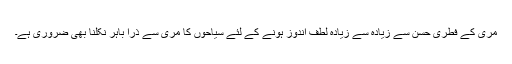
مری کے فطری حسن سے زیادہ سے زیادہ لطف اندوز ہونے کے لئے سیاحوں کا مری سے ذرا باہر نکلنا بھی ضروری ہے۔